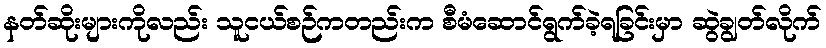
နတ်ဆိုးများကိုလည်း သူငယ်စဉ်ကတည်းက စီမံဆောင်ရွက်ခဲ့ရခြင်းမှာ ဆွဲချွတ်လိုက်